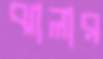
ঝালার